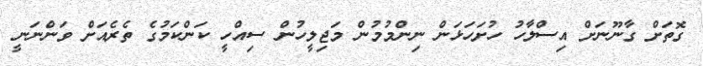
ގޮތަށް ގާނޫނަށް އިސްލާހު ހުށަހަޅަން ނިންމުމުން މަޖިލީހުން ސިއްހީ ކަންކަމުގެ ތެރެއަށް ވަންނަނީ